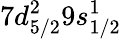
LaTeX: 7d_{5/2}^{2}9s_{1/2}^{1}